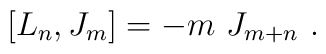
[L_n,J_m]=-m\ J_{m+n}\ .